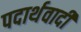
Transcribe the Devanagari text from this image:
पदार्थवादी